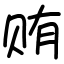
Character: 贿